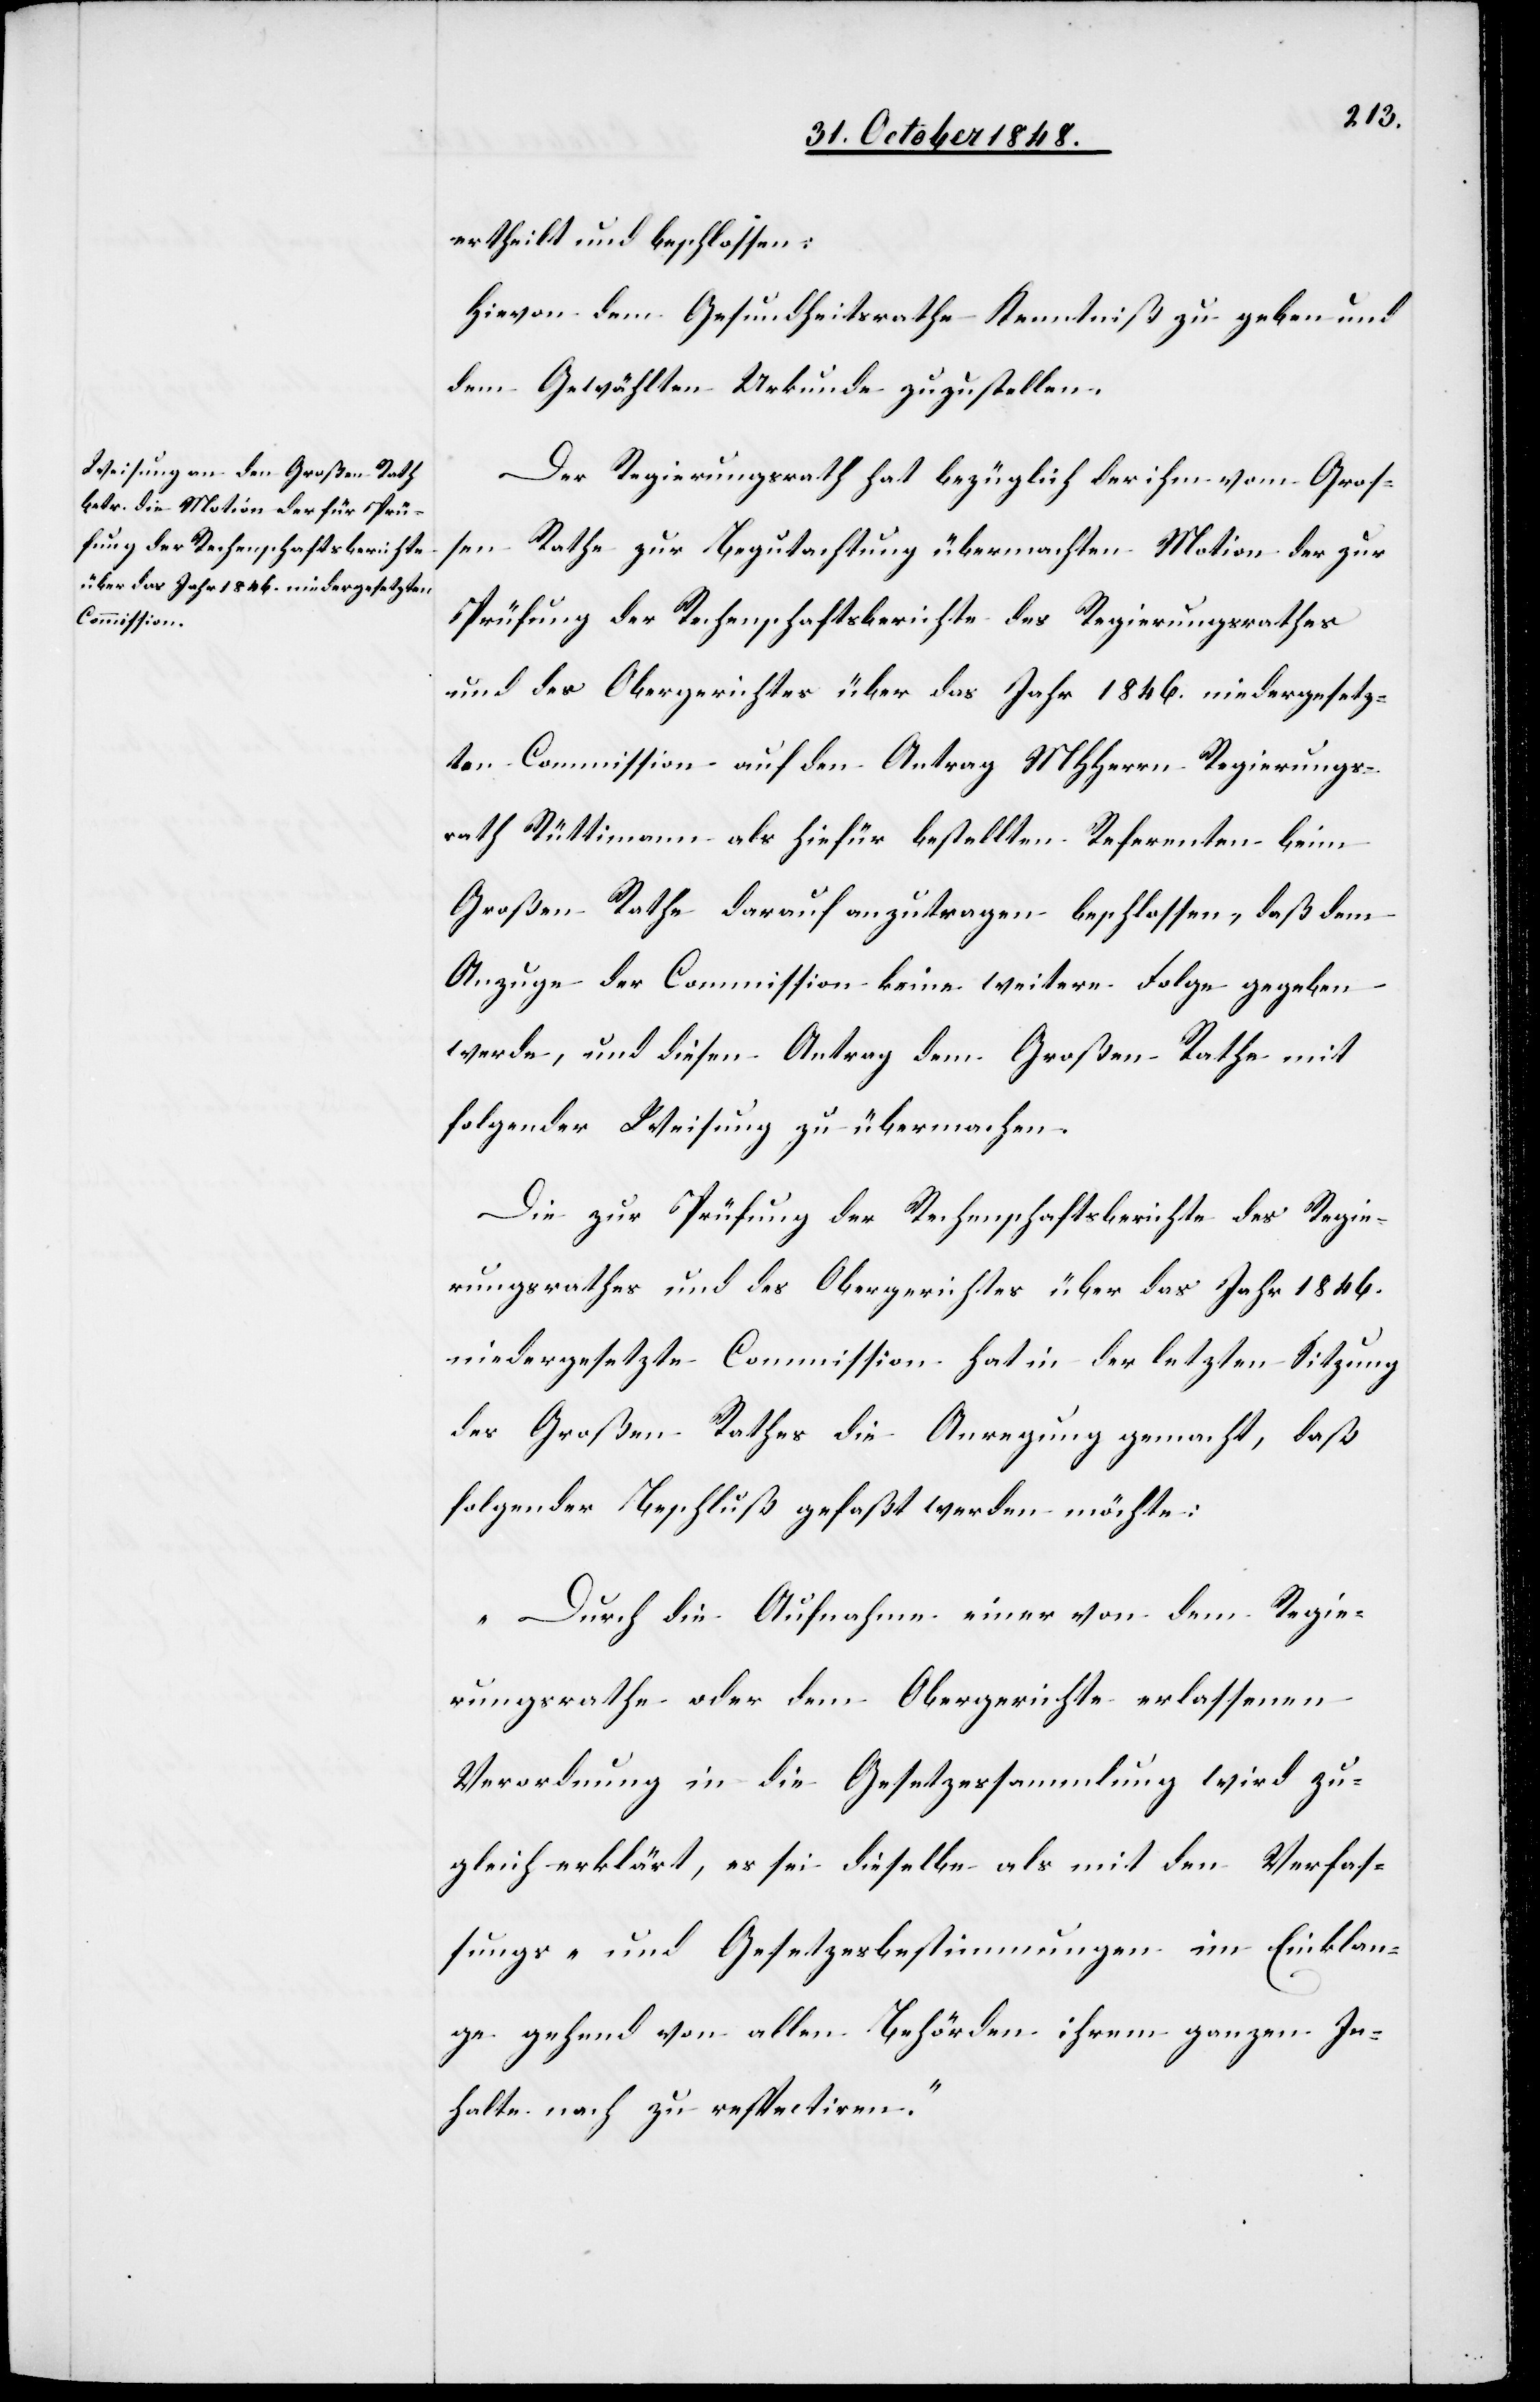
ertheilt und beschlossen:
Hievon dem Gesundheitsrathe Kenntniß zu geben und
dem Gewählten Urkunde zuzustellen.
Der Regierungsrath hat bezüglich der ihm vom Groß¬
en Rathe zur Begutachtung übermachten Motion der zur
Prüfung der Rechenschaftsberichte des Regierungsrathes
und des Obergerichtes über das Jahr 1846. niedergesetz¬
ten Commission auf den Antrag MHHerrn Regierungs¬
rath Rüttimann als hiefür bestellten Referenten beim
Großen Rathe darauf anzutragen beschlossen, daß dem
Anzuge der Commission keine weitere Folge gegeben
werde, und diesen Antrag dem Großen Rathe mit
folgender Weisung zu übermachen.
Die zur Prüfung der Rechenschaftsberichte des Regie¬
rungsrathes und des Obergerichtes über das Jahr 1846.
niedergesetzte Commission hat in der letzten Sitzung
des Großen Rathes die Anregung gemacht, daß
folgender Beschluß gefaßt werden möchte:
„Durch die Aufnahme einer von dem Regie¬
rungsrathe oder dem Obergerichte erlassenen
Verordnung in die Gesetzessammlung wird zu¬
gleich erklärt, es sei dieselbe als mit den Verfas¬
sungs- und Gesetzesbestimmungen im Einklan¬
ge gehend von allen Behröden ihrem ganzen In¬
halte nach zu respectiren.“